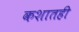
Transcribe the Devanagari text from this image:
कशातही